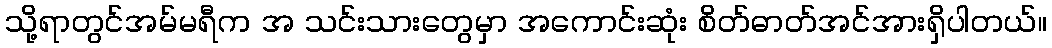
သို့ရာတွင်အမ်မရီက အ သင်းသားတွေမှာ အကောင်းဆုံး စိတ်ဓာတ်အင်အားရှိပါတယ်။